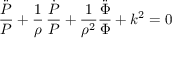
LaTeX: { \frac { \ddot { P } } { P } } + { \frac { 1 } { \rho } } \, { \frac { \dot { P } } { P } } + { \frac { 1 } { \rho ^ { 2 } } } { \frac { \ddot { \Phi } } { \Phi } } + k ^ { 2 } = 0